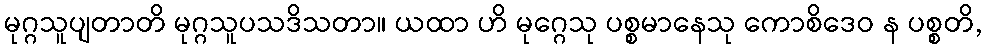
မုဂ္ဂသူပျတာတိ မုဂ္ဂသူပသဒိသတာ။ ယထာ ဟိ မုဂ္ဂေသု ပစ္စမာနေသု ကောစိဒေဝ န ပစ္စတိ,